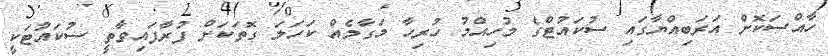
ހާއްސަކޮށް އަރަބިއްޔާގައި ސުކައުޓްގެ މުހިއްމު ހުރިހާ މަގާމެއް ކަހަލަ ގޮތަކަށް ފުރާފައިވާތީ ސުކައުޓަކީ